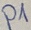
Text: D1